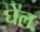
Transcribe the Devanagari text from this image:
घेल